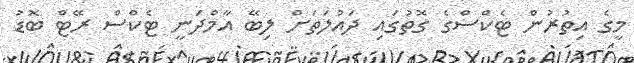
މީގެ އިތުރުން ޓެކްސްގެ ގޮތުގައި ދައުލަތަށް ލިބޭ އާމްދަނީ ޓެކްސް ރޭޓް ބޮޑު